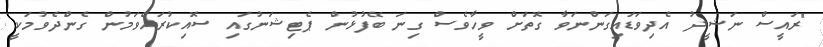
"ރައީސް ނަޝީދު އެދިވަޑައިގަންނަވާ ގޮތަށް ވީހާވެސް ގިނަ ބޭފުޅުން ޕެޓިޝަނުގައި ސޮއިކުރައްވަމުން ގެންދެވުމަކީ